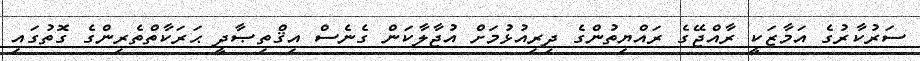
ސަރުކާރުގެ އަމާޒަކީ ރާއްޖޭގެ ރައްޔިތުންގެ ދިރިއުޅުމަށް އުޖާލާކަން ގެނެސް އިޤްތިޞާދީ ޙަރަކާތްތެރިންގެ ގޮތުގައި